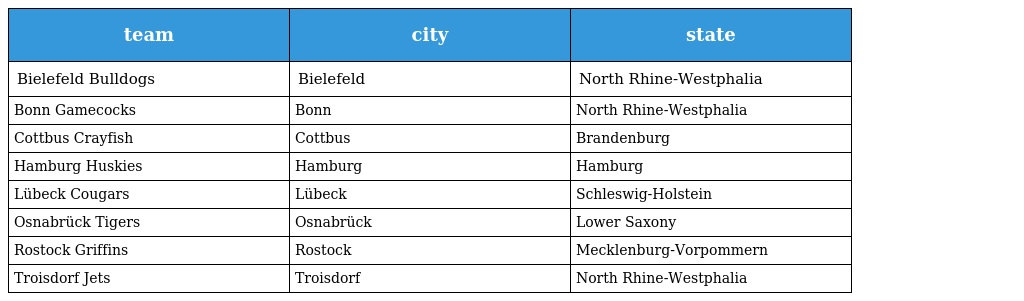
| team | city | state |
 | --- | --- | --- |
 | Bielefeld Bulldogs | Bielefeld | North Rhine-Westphalia |
 | Bonn Gamecocks | Bonn | North Rhine-Westphalia |
 | Cottbus Crayfish | Cottbus | Brandenburg |
 | Hamburg Huskies | Hamburg | Hamburg |
 | Lübeck Cougars | Lübeck | Schleswig-Holstein |
 | Osnabrück Tigers | Osnabrück | Lower Saxony |
 | Rostock Griffins | Rostock | Mecklenburg-Vorpommern |
 | Troisdorf Jets | Troisdorf | North Rhine-Westphalia |